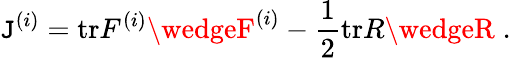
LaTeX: \mathtt{J}^{(i)}=\mathrm{{tr}}F^{(i)}\wedgeF^{(i)}-\frac{{1}}{{2}}\mathrm{{tr}}R\wedgeR\; .